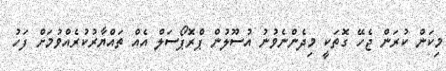
މިކަން ކުރަން ޖެހޭ ގޮތަަކީ މިދެންނެވުނު އުސޫލުން ޕްރޮޕޯސަލް އެއް ތައްޔާރުކުރެއްވުމަށް ފަހު